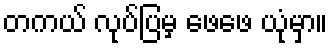
တကယ် လုပ်ပြမှ ဖေဖေ ယုံမှာ။